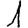
Digit: 1